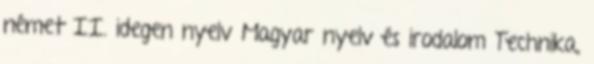
német II. idegen nyelv Magyar nyelv és irodalom Technika,